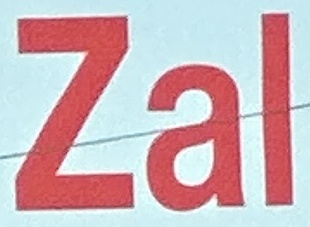
Zal